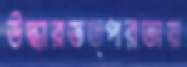
উদ্ধারতত্পরতায়